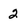
Character: 2